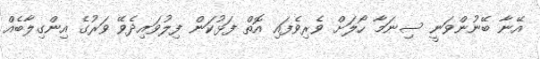
އޭނާ ބޭނުންވަނީ ސިނަމާ ހޯލަށް ވެރިވެފައި އޮތް ފަޅުކަން ފިލުވައިދެވޭ ވަރުގެ އިންގިލާބެއް